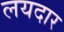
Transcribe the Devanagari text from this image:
लयदार